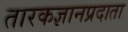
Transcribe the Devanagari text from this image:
तारकज्ञानप्रदाता